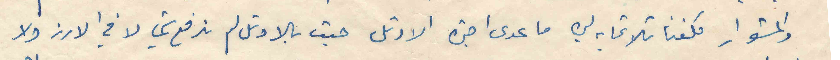
والمشوار كلفنا تلاتماية ليرة ما عدى اجرة الاوتل حيث بالاوتل لم ندفع شي لا في الارز ولا